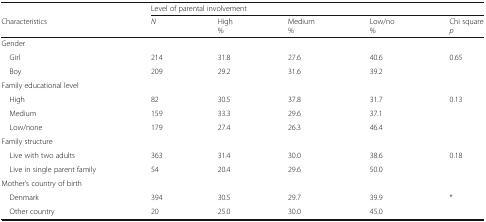
|  | <COLSPAN=5> Level of parental involvement |
 | Characteristics | N | High% | Medium% | Low/no% | Chi squarep |
 | --- | --- | --- | --- | --- | --- |
 | <COLSPAN=6> Gender |
 | Girl | 214 | 31.8 | 27.6 | 40.6 | 0.65 |
 | Boy | 209 | 29.2 | 31.6 | 39.2 |  |
 | <COLSPAN=6> Family educational level |
 | High | 82 | 30.5 | 37.8 | 31.7 | 0.13 |
 | Medium | 159 | 33.3 | 29.6 | 37.1 |  |
 | Low/none | 179 | 27.4 | 26.3 | 46.4 |  |
 | Family structure |  |  |  |  |  |
 | Live with two adults | 363 | 31.4 | 30.0 | 38.6 | 0.18 |
 | Live in single parent family | 54 | 20.4 | 29.6 | 50.0 |  |
 | <COLSPAN=6> Mother’s country of birth |
 | Denmark | 394 | 30.5 | 29.7 | 39.9 | * |
 | Other country | 20 | 25.0 | 30.0 | 45.0 |  |